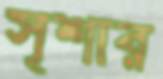
সৃশার